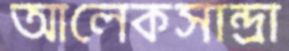
আলেকসান্দ্রা